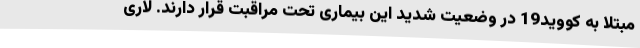
مبتلا به کووید19 در وضعیت شدید این بیماری تحت مراقبت قرار دارند. لاری